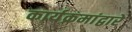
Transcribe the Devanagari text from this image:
कार्यक्रमांद्वारे